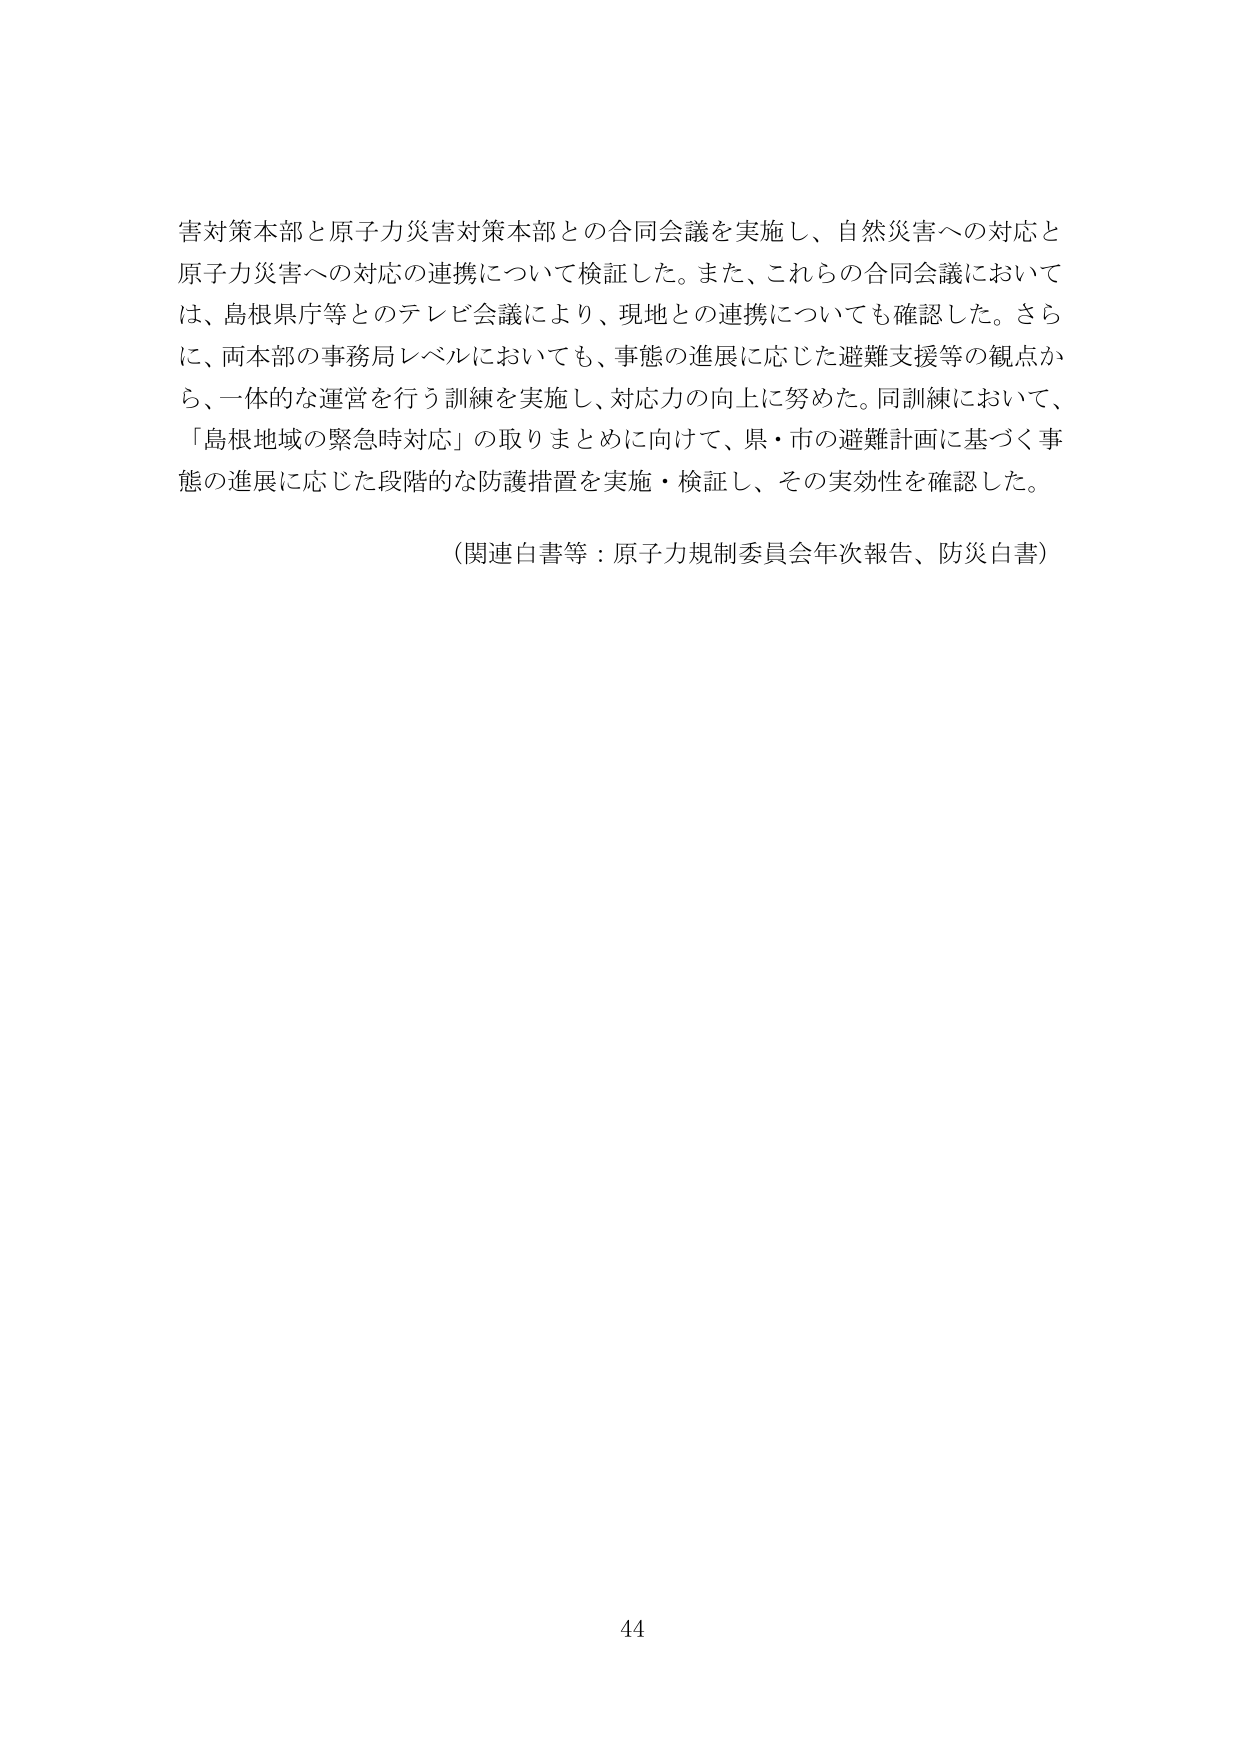
害対策本部と原子力災害対策本部との合同会議を実施し、自然災害への対応と原子力災害への対応の連携について検証した。また、これらの合同会議においては、島根県庁等とのテレビ会議により、現地との連携についても確認した。さらに、両本部の事務局レベルにおいても、事態の進展に応じた避難支援等の観点から、一体的な運営を行う訓練を実施し、対応力の向上に努めた。同訓練において、「島根地域の緊急時対応」の取りまとめに向けて、県・市の避難計画に基づく事態の進展に応じた段階的な防護措置を実施・検証し、その実効性を確認した。

（関連白書等：原子力規制委員会年次報告、防災白書）

44